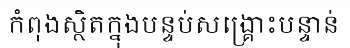
កំពុងស្ថិតក្នុងបន្ទប់សង្គ្រោះបន្ទាន់